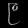
Digit: ၉